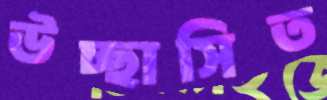
উচ্ছাসিত